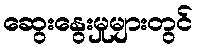
ဆွေးနွေးမှုများတွင်